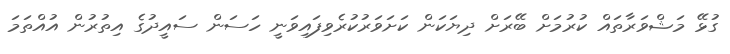
ގުޅޭ މަޝްވަރާތައް ކުރުމަށް ބޭރަށް ދިޔަކަން ކަށަވަރުކުރެވިފައިވަނީ ހަސަން ސައީދުގެ އިތުރުން އުއްތަމަ